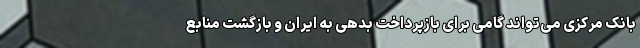
بانک مرکزی می‌تواند گامی برای بازپرداخت بدهی به ایران و بازگشت منابع